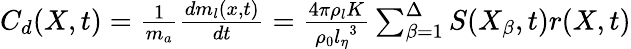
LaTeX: \begin{array}{r}{C_{d}(X,t)=\frac{1}{m_{a}}\frac{dm_{l}(x,t)}{dt}=\frac{4\pi\rho_{l}K}{\rho_{0}{l_{\eta}}^{3}}\sum_{\beta=1}^{\Delta}S(X_{\beta},t)r(X,t)}\end{array}